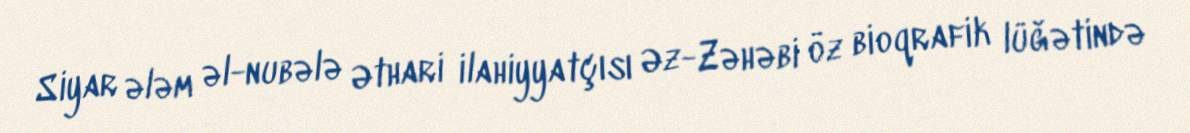
Siyar ələm əl-nubələ Əthari ilahiyyatçısı Əz-Zəhəbi öz bioqrafik lüğətində